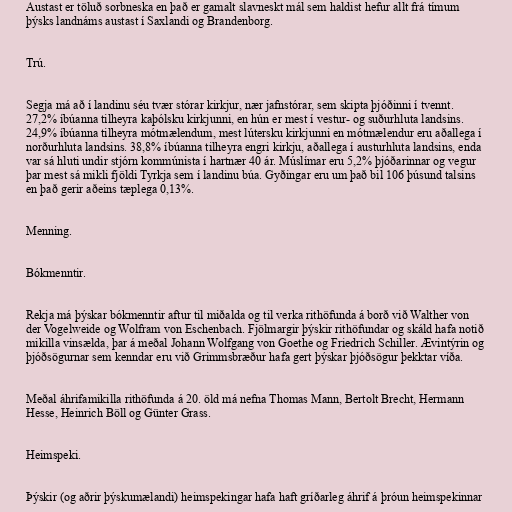
Austast er töluð sorbneska en það er gamalt slavneskt mál sem haldist hefur allt frá tímum
þýsks landnáms austast í Saxlandi og Brandenborg.

Trú.

Segja má að í landinu séu tvær stórar kirkjur, nær jafnstórar, sem skipta þjóðinni í tvennt.
27,2% íbúanna tilheyra kaþólsku kirkjunni, en hún er mest í vestur- og suðurhluta landsins.
24,9% íbúanna tilheyra mótmælendum, mest lútersku kirkjunni en mótmælendur eru aðallega í
norðurhluta landsins. 38,8% íbúanna tilheyra engri kirkju, aðallega í austurhluta landsins, enda
var sá hluti undir stjórn kommúnista í hartnær 40 ár. Múslímar eru 5,2% þjóðarinnar og vegur
þar mest sá mikli fjöldi Tyrkja sem í landinu búa. Gyðingar eru um það bil 106 þúsund talsins
en það gerir aðeins tæplega 0,13%.

Menning.

Bókmenntir.

Rekja má þýskar bókmenntir aftur til miðalda og til verka rithöfunda á borð við Walther von
der Vogelweide og Wolfram von Eschenbach. Fjölmargir þýskir rithöfundar og skáld hafa notið
mikilla vinsælda, þar á meðal Johann Wolfgang von Goethe og Friedrich Schiller. Ævintýrin og
þjóðsögurnar sem kenndar eru við Grimmsbræður hafa gert þýskar þjóðsögur þekktar víða.

Meðal áhrifamikilla rithöfunda á 20. öld má nefna Thomas Mann, Bertolt Brecht, Hermann
Hesse, Heinrich Böll og Günter Grass.

Heimspeki.

Þýskir (og aðrir þýskumælandi) heimspekingar hafa haft gríðarleg áhrif á þróun heimspekinnar